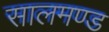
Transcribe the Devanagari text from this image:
सालमण्ड